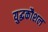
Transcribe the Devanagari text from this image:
यु्द्धकौशल